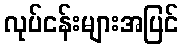
လုပ်ငန်းများအပြင်